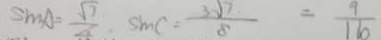
\sin A = \frac { \sqrt { 7 } } { 4 } \cdot \sin C = \frac { 3 \sqrt { 7 } } { 8 } = \frac { 9 } { 1 6 }